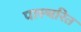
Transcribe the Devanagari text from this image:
पास्चरित